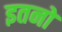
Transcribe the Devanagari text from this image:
इतनो